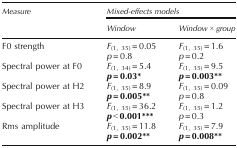
| <ROWSPAN=2> Measure | <COLSPAN=2> Mixed-effects models |
 | Window | Window × group |
 | --- | --- | --- |
 | <ROWSPAN=2> F0 strength | F(1, 35) = 0.05 | F(1, 35) = 1.6 |
 | p = 0.8 | p = 0.2 |
 | <ROWSPAN=2> Spectral power at F0 | F(1, 34) = 5.4 | F(1, 35) = 9.5 |
 | p = 0.03* | p = 0.003** |
 | <ROWSPAN=2> Spectral power at H2 | F(1, 35) = 8.9 | F(1, 35) = 0.09 |
 | p = 0.005** | p = 0.8 |
 | <ROWSPAN=2> Spectral power at H3 | F(1, 35) = 36.2 | F(1, 35) = 1.2 |
 | p < 0.001*** | p = 0.3 |
 | <ROWSPAN=2> Rms amplitude | F(1, 35) = 11.8 | F(1, 35) = 7.9 |
 | p = 0.002** | p = 0.008** |